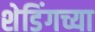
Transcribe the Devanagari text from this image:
शेडिंगच्या